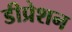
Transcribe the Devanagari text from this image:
डीप्रेशन